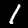
Digit: 1